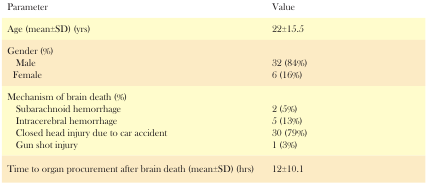
| Parameter | Value |
 | --- | --- |
 | Age (mean±SD) (yrs) | 22±15.5 |
 | Gender (%) |  |
 | MaleFemale | 32 (84%)6 (16%) |
 | Mechanism of brain death (%) |  |
 | Subarachnoid hemorrhageIntracerebral hemorrhageClosed head injury due to car accidentGun shot injury | 2 (5%)5 (13%)30 (79%)1 (3%) |
 | Time to organ procurement after brain death (mean±SD) (hrs) | 12±10.1 |